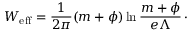
W _ { \mathrm { e f f } } = { \frac { 1 } { 2 \pi } } ( m + \phi ) \ln { \frac { m + \phi } { e \Lambda } } \, \cdotp